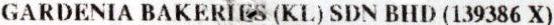
GARDENIA BAKERIES (KL) SDN BHD (139386 X)